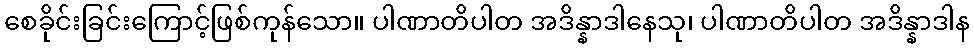
စေခိုင်းခြင်းကြောင့်ဖြစ်ကုန်သော။ ပါဏာတိပါတ အဒိန္နာဒါနေသု၊ ပါဏာတိပါတ အဒိန္နာဒါန